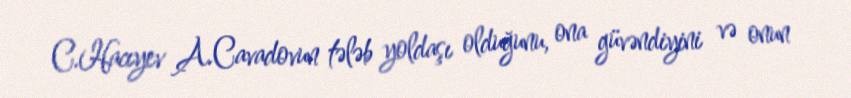
C.Hacıyev A.Cavadovun tələb yoldaşı olduğunu, ona güvəndiyini və onun